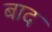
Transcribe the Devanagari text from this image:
बाद